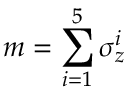
m = \sum _ { i = 1 } ^ { 5 } \sigma _ { z } ^ { i }